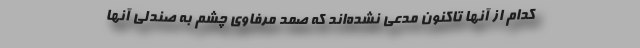
کدام از آنها تاکنون مدعی نشده‌اند که صمد مرفاوی چشم به صندلی آنها